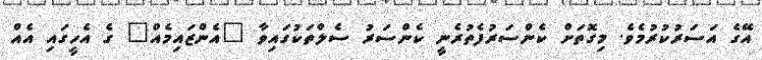
އޭގެ އަސަރުކުރުމެވެ. މިގޮތަށް ކެންސަރުފެތުރެނީ ކެންސަރު ސެލްތަކުގައިވާ "އެންޒައިމެއް" ގެ އެހީގައި އެއް